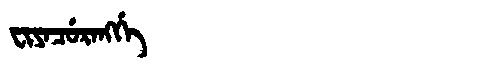
Manchu: ᠸᡳᠶᠠᠴᡠᡵᠠᠩᡤᡝ
Romanization: FIYACURANGGE